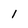
Character: 1